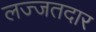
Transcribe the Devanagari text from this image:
लज्जतदार